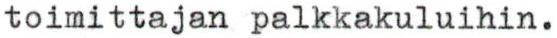
toimittajan palkkakuluihin.